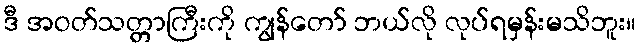
ဒီ အဝတ်သတ္တာကြီးကို ကျွန်တော် ဘယ်လို လုပ်ရမှန်းမသိဘူး။